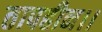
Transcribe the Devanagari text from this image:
तापहीन।।